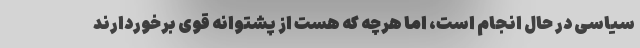
سیاسی در حال انجام است، اما هرچه که هست از پشتوانه قوی برخوردارند